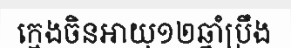
ក្មេងចិនអាយុ១២ឆ្នាំប្រឹង